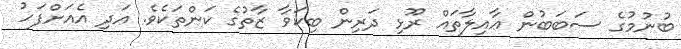
ބުނުމުގެ ސަބަބުން ޢާއިލާތައް ރޫޅި ދަރިން ބިކަވާ ޒާތުގެ ކަންތަކެވެ. އަދި އެއަށްފަހު